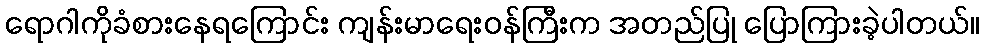
ရောဂါကိုခံစားနေရကြောင်း ကျန်းမာရေးဝန်ကြီးက အတည်ပြု ပြောကြားခဲ့ပါတယ်။